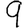
Digit: 9